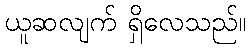
ယူဆလျက် ရှိလေသည်။